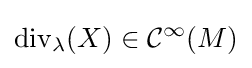
{\rm {div}}_{\lambda }(X)\in {\mathcal {C}}^{\infty }(M)